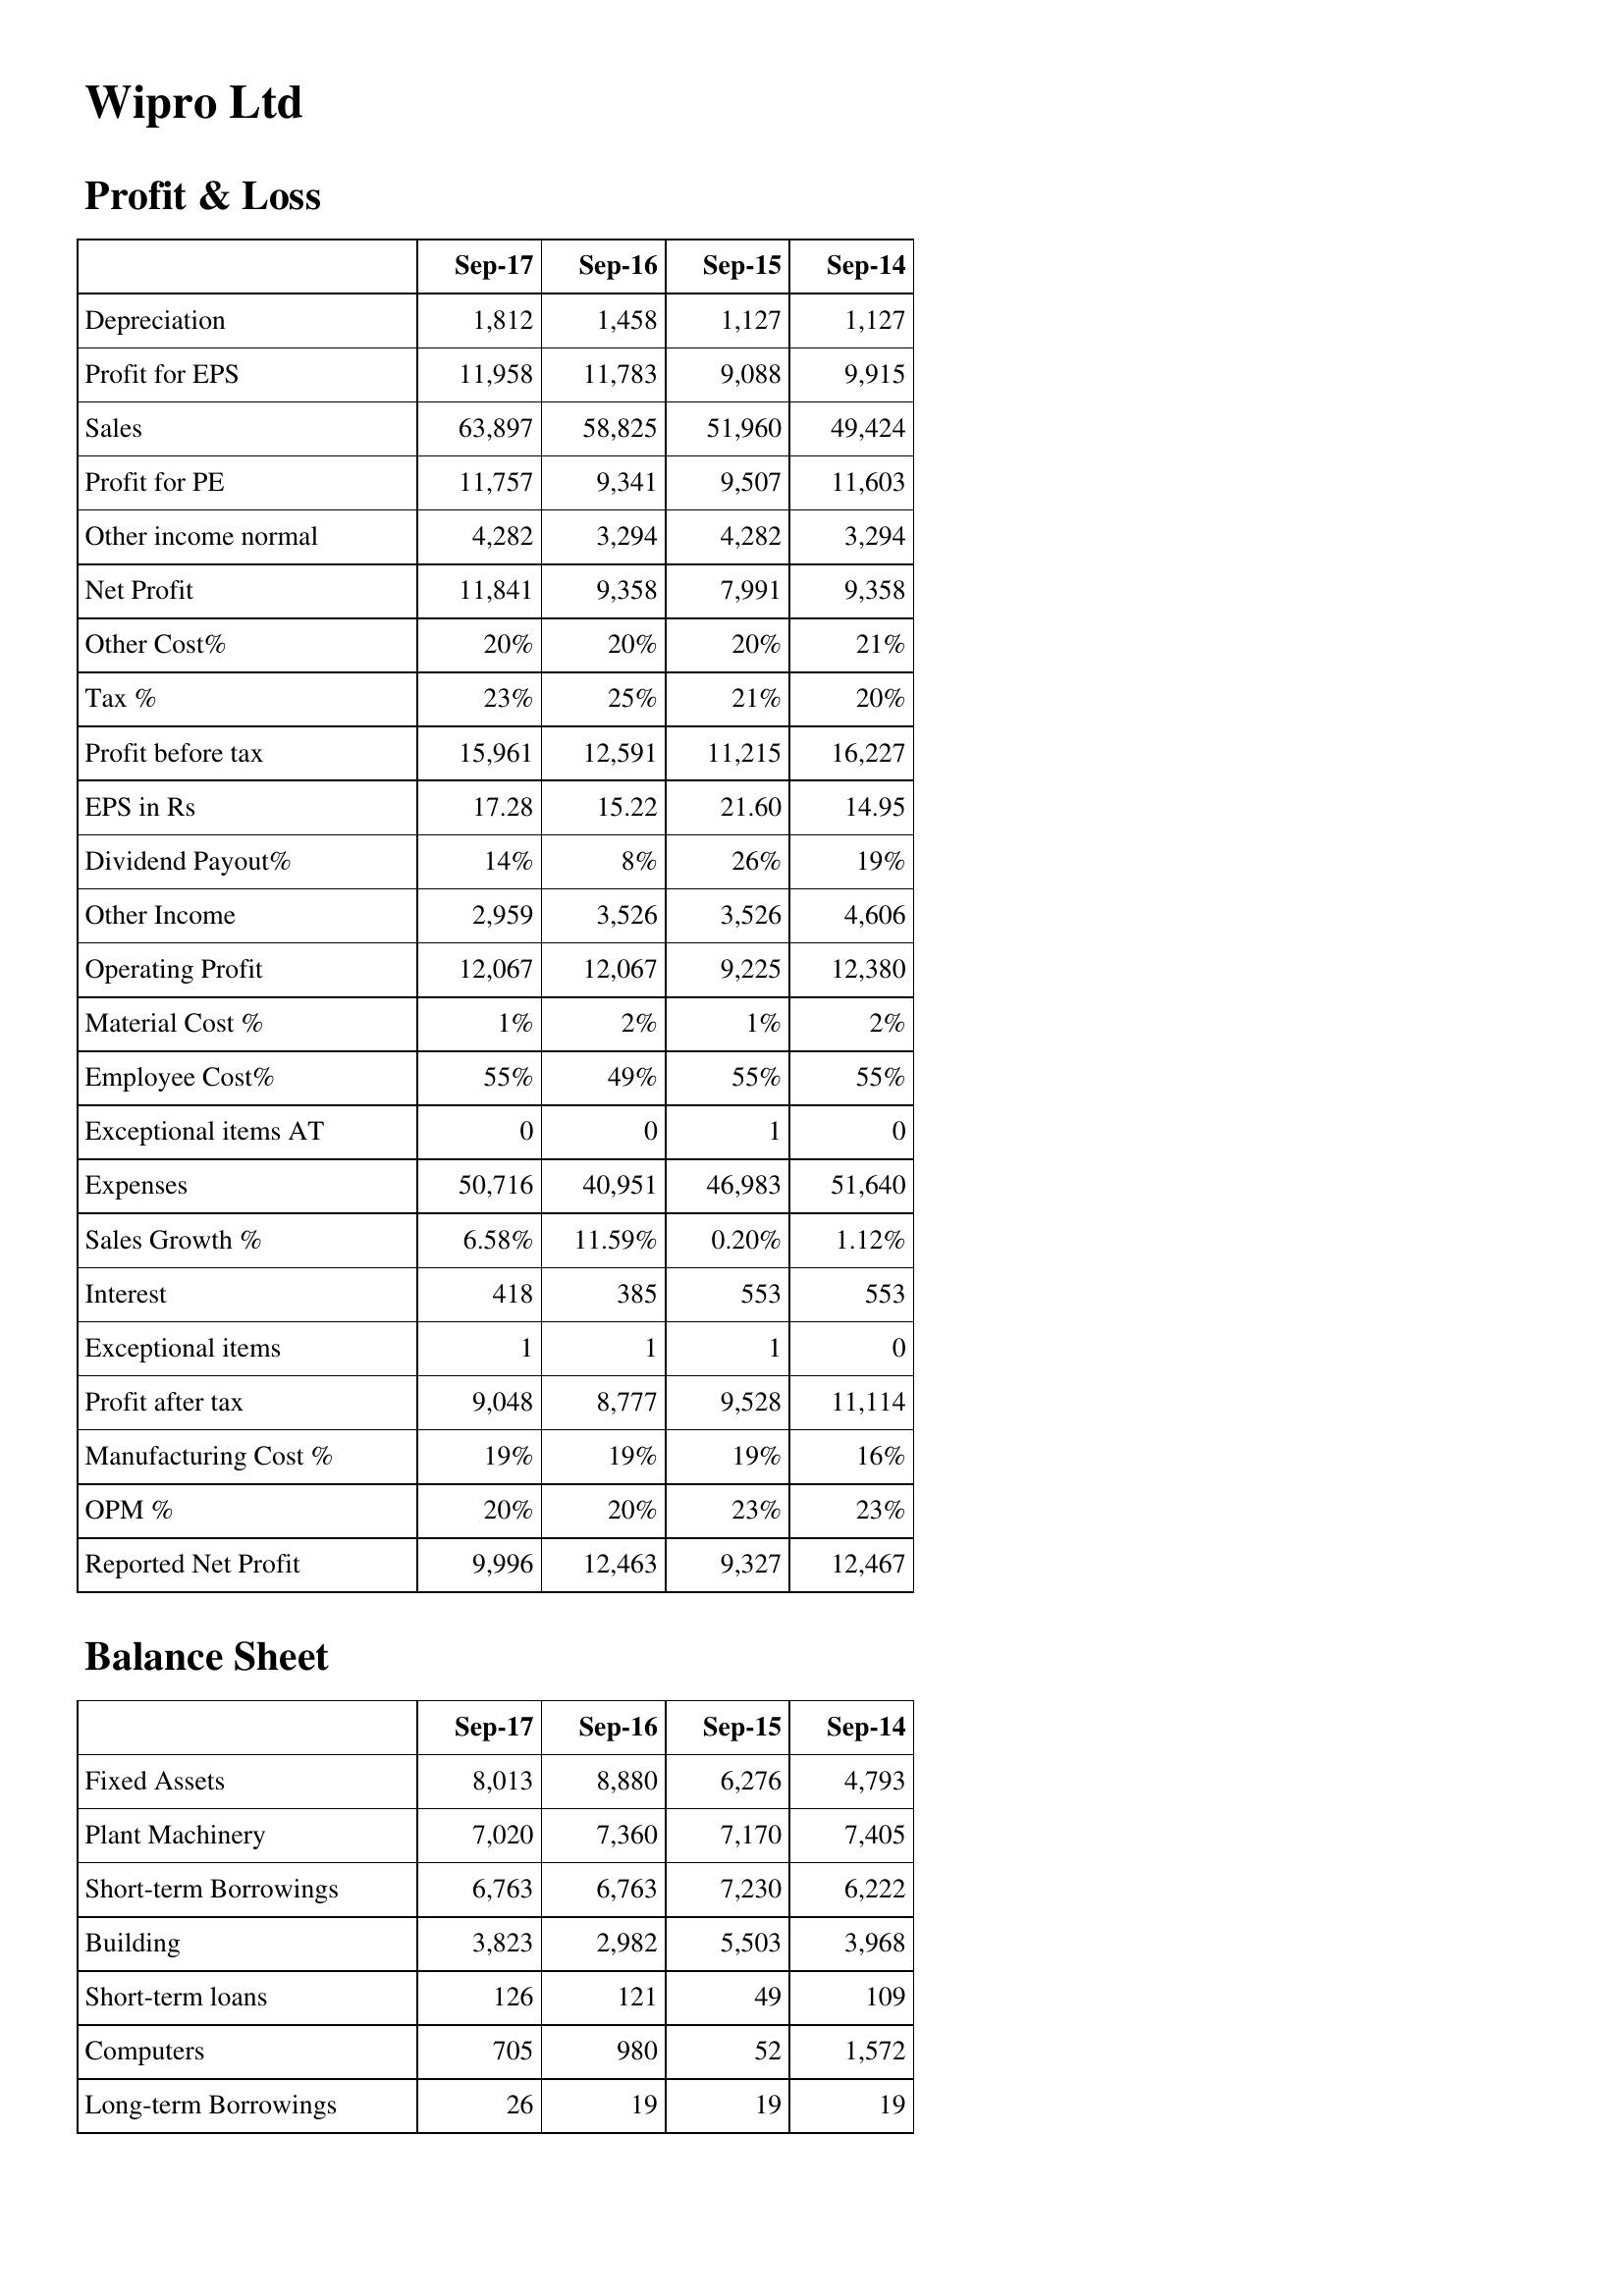
Sep-17: Profit & Loss: Depreciation: 1,812
Profit for EPS: 11,958
Sales: 63,897
Profit for PE: 11,757
Other income normal: 4,282
Net Profit: 11,841
Other Cost%: 20%
Tax %: 23%
Profit before tax: 15,961
EPS in Rs: 17.28
Dividend Payout%: 14%
Other Income: 2,959
Operating Profit: 12,067
Material Cost %: 1%
Employee Cost%: 55%
Exceptional items AT: 0
Expenses: 50,716
Sales Growth %: 6.58%
Interest: 418
Exceptional items: 1
Profit after tax: 9,048
Manufacturing Cost %: 19%
OPM %: 20%
Reported Net Profit: 9,996
Balance Sheet: Fixed Assets: 8,013
Plant Machinery: 7,020
Short-term Borrowings: 6,763
Building: 3,823
Short-term loans: 126
Computers: 705
Long-term Borrowings: 26
Sep-16: Profit & Loss: Depreciation: 1,458
Profit for EPS: 11,783
Sales: 58,825
Profit for PE: 9,341
Other income normal: 3,294
Net Profit: 9,358
Other Cost%: 20%
Tax %: 25%
Profit before tax: 12,591
EPS in Rs: 15.22
Dividend Payout%: 8%
Other Income: 3,526
Operating Profit: 12,067
Material Cost %: 2%
Employee Cost%: 49%
Exceptional items AT: 0
Expenses: 40,951
Sales Growth %: 11.59%
Interest: 385
Exceptional items: 1
Profit after tax: 8,777
Manufacturing Cost %: 19%
OPM %: 20%
Reported Net Profit: 12,463
Balance Sheet: Fixed Assets: 8,880
Plant Machinery: 7,360
Short-term Borrowings: 6,763
Building: 2,982
Short-term loans: 121
Computers: 980
Long-term Borrowings: 19
Sep-15: Profit & Loss: Depreciation: 1,127
Profit for EPS: 9,088
Sales: 51,960
Profit for PE: 9,507
Other income normal: 4,282
Net Profit: 7,991
Other Cost%: 20%
Tax %: 21%
Profit before tax: 11,215
EPS in Rs: 21.60
Dividend Payout%: 26%
Other Income: 3,526
Operating Profit: 9,225
Material Cost %: 1%
Employee Cost%: 55%
Exceptional items AT: 1
Expenses: 46,983
Sales Growth %: 0.20%
Interest: 553
Exceptional items: 1
Profit after tax: 9,528
Manufacturing Cost %: 19%
OPM %: 23%
Reported Net Profit: 9,327
Balance Sheet: Fixed Assets: 6,276
Plant Machinery: 7,170
Short-term Borrowings: 7,230
Building: 5,503
Short-term loans: 49
Computers: 52
Long-term Borrowings: 19
Sep-14: Profit & Loss: Depreciation: 1,127
Profit for EPS: 9,915
Sales: 49,424
Profit for PE: 11,603
Other income normal: 3,294
Net Profit: 9,358
Other Cost%: 21%
Tax %: 20%
Profit before tax: 16,227
EPS in Rs: 14.95
Dividend Payout%: 19%
Other Income: 4,606
Operating Profit: 12,380
Material Cost %: 2%
Employee Cost%: 55%
Exceptional items AT: 0
Expenses: 51,640
Sales Growth %: 1.12%
Interest: 553
Exceptional items: 0
Profit after tax: 11,114
Manufacturing Cost %: 16%
OPM %: 23%
Reported Net Profit: 12,467
Balance Sheet: Fixed Assets: 4,793
Plant Machinery: 7,405
Short-term Borrowings: 6,222
Building: 3,968
Short-term loans: 109
Computers: 1,572
Long-term Borrowings: 19